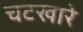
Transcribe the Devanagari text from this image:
चटखारे